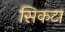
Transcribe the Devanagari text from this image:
सिकटा